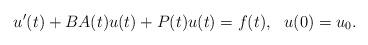
LaTeX: \begin{align*}u'(t) + BA(t) u(t) + P(t) u(t) = f(t), \ \ u(0) = u_0.\end{align*}